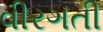
વીરગતી